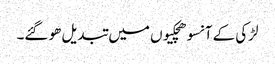
لڑکی کے آنسو ھچکیوں میں تبدیل ھو گئے۔